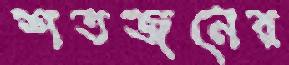
শতজনের